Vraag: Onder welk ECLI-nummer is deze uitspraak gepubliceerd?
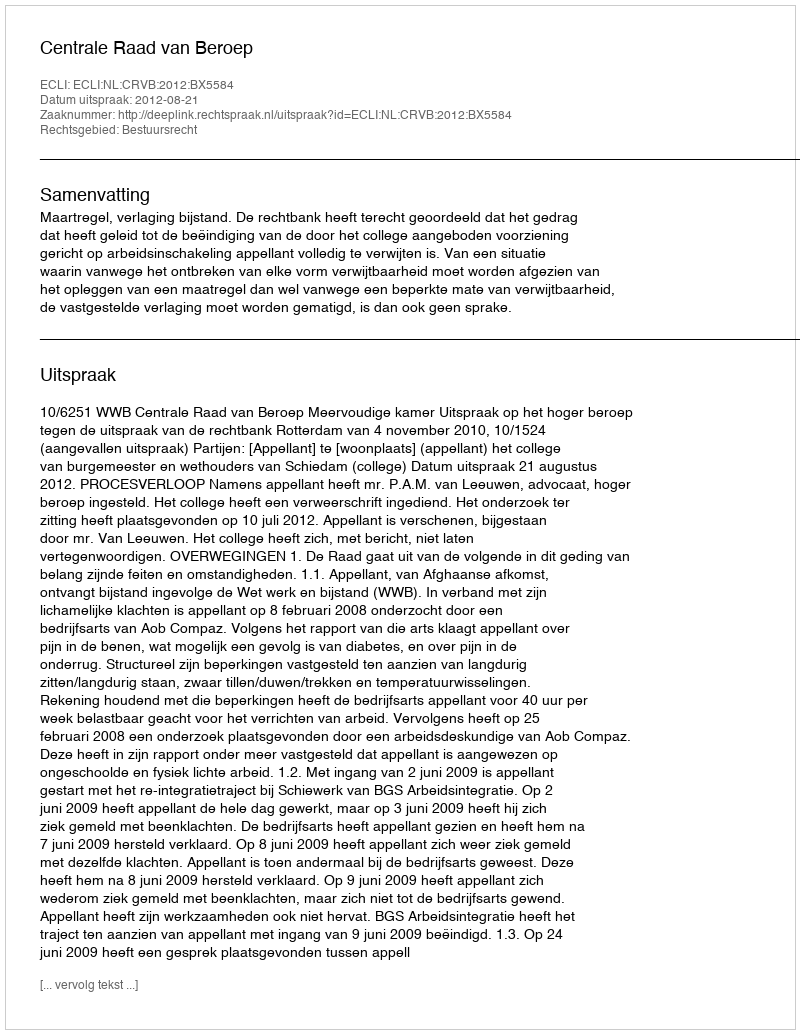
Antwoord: ECLI:NL:CRVB:2012:BX5584